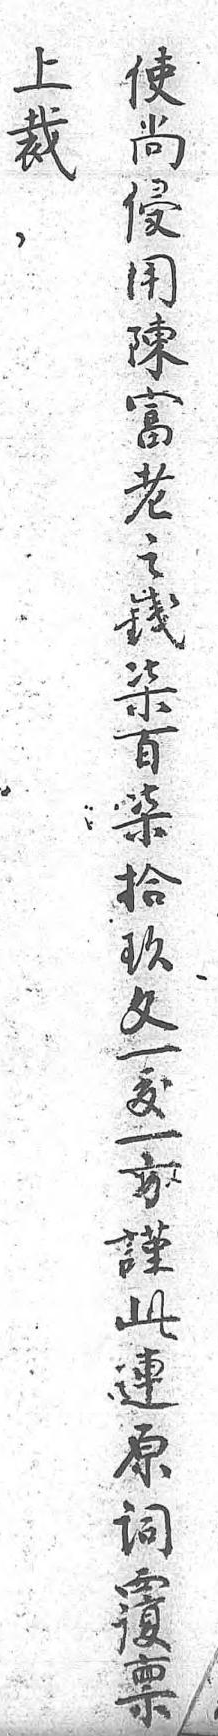
上使裁尚 侵 用 陳 富 老 之 錢 柒 佰 柒 拾 玖 文 一 鈸 一 方 謹 此 連 原 詞 復 禀